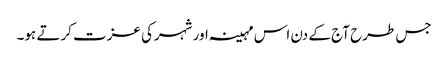
جس طرح آج کے دن اس مہینہ اور شہرکی عزت کرتے ہو۔